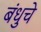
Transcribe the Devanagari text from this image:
बंधुचे